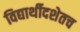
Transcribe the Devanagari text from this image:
विद्यार्थीदशेतच